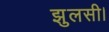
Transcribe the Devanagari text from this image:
झुलसी।